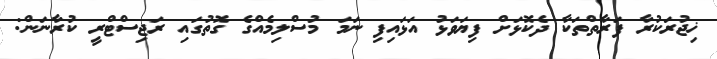
ޚިޖުރަކުރާ ފަރާތްތަކާ ދެކޮޅަށް ފިޔަވަޅު އަޅައިފި ނަމަ މުސްލިމެއްގެ ގޮތުގައި ރަޖިސްޓްރީ ކުރާނަން: